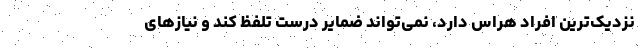
نزدیک‌ترین افراد هراس دارد، نمی‌تواند ضمایر درست تلفظ کند و نیازهای